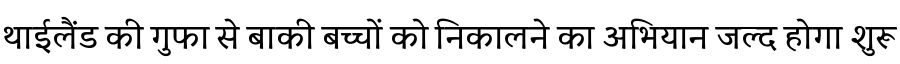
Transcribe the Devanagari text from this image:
थाईलैंड की गुफा से बाकी बच्चों को निकालने का अभियान जल्द होगा शुरू